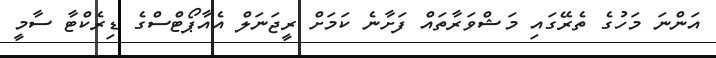
އަންނަ މަހުގެ ތެރޭގައި މަޝްވަރާތައް ފަށާނެ ކަމަށް ރީޖަނަލް އެއާޕޯޓްސްގެ ޑިރެކްޓާ ސާމީ